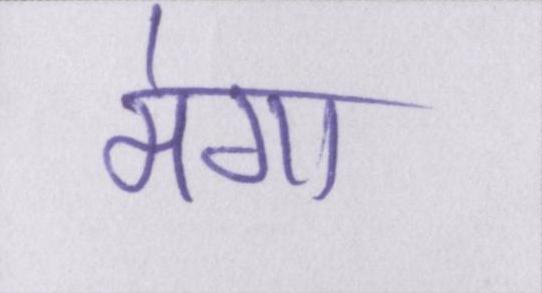
मेगा